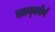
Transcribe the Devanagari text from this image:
लाब्कोर्प